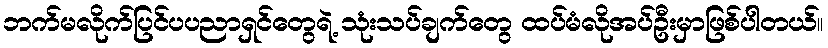
ဘက်မလိုက်ပြင်ပပညာရှင်တွေရဲ့ သုံးသပ်ချက်တွေ ထပ်မံလိုအပ်ဦးမှာဖြစ်ပါတယ်။